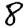
Digit: 8